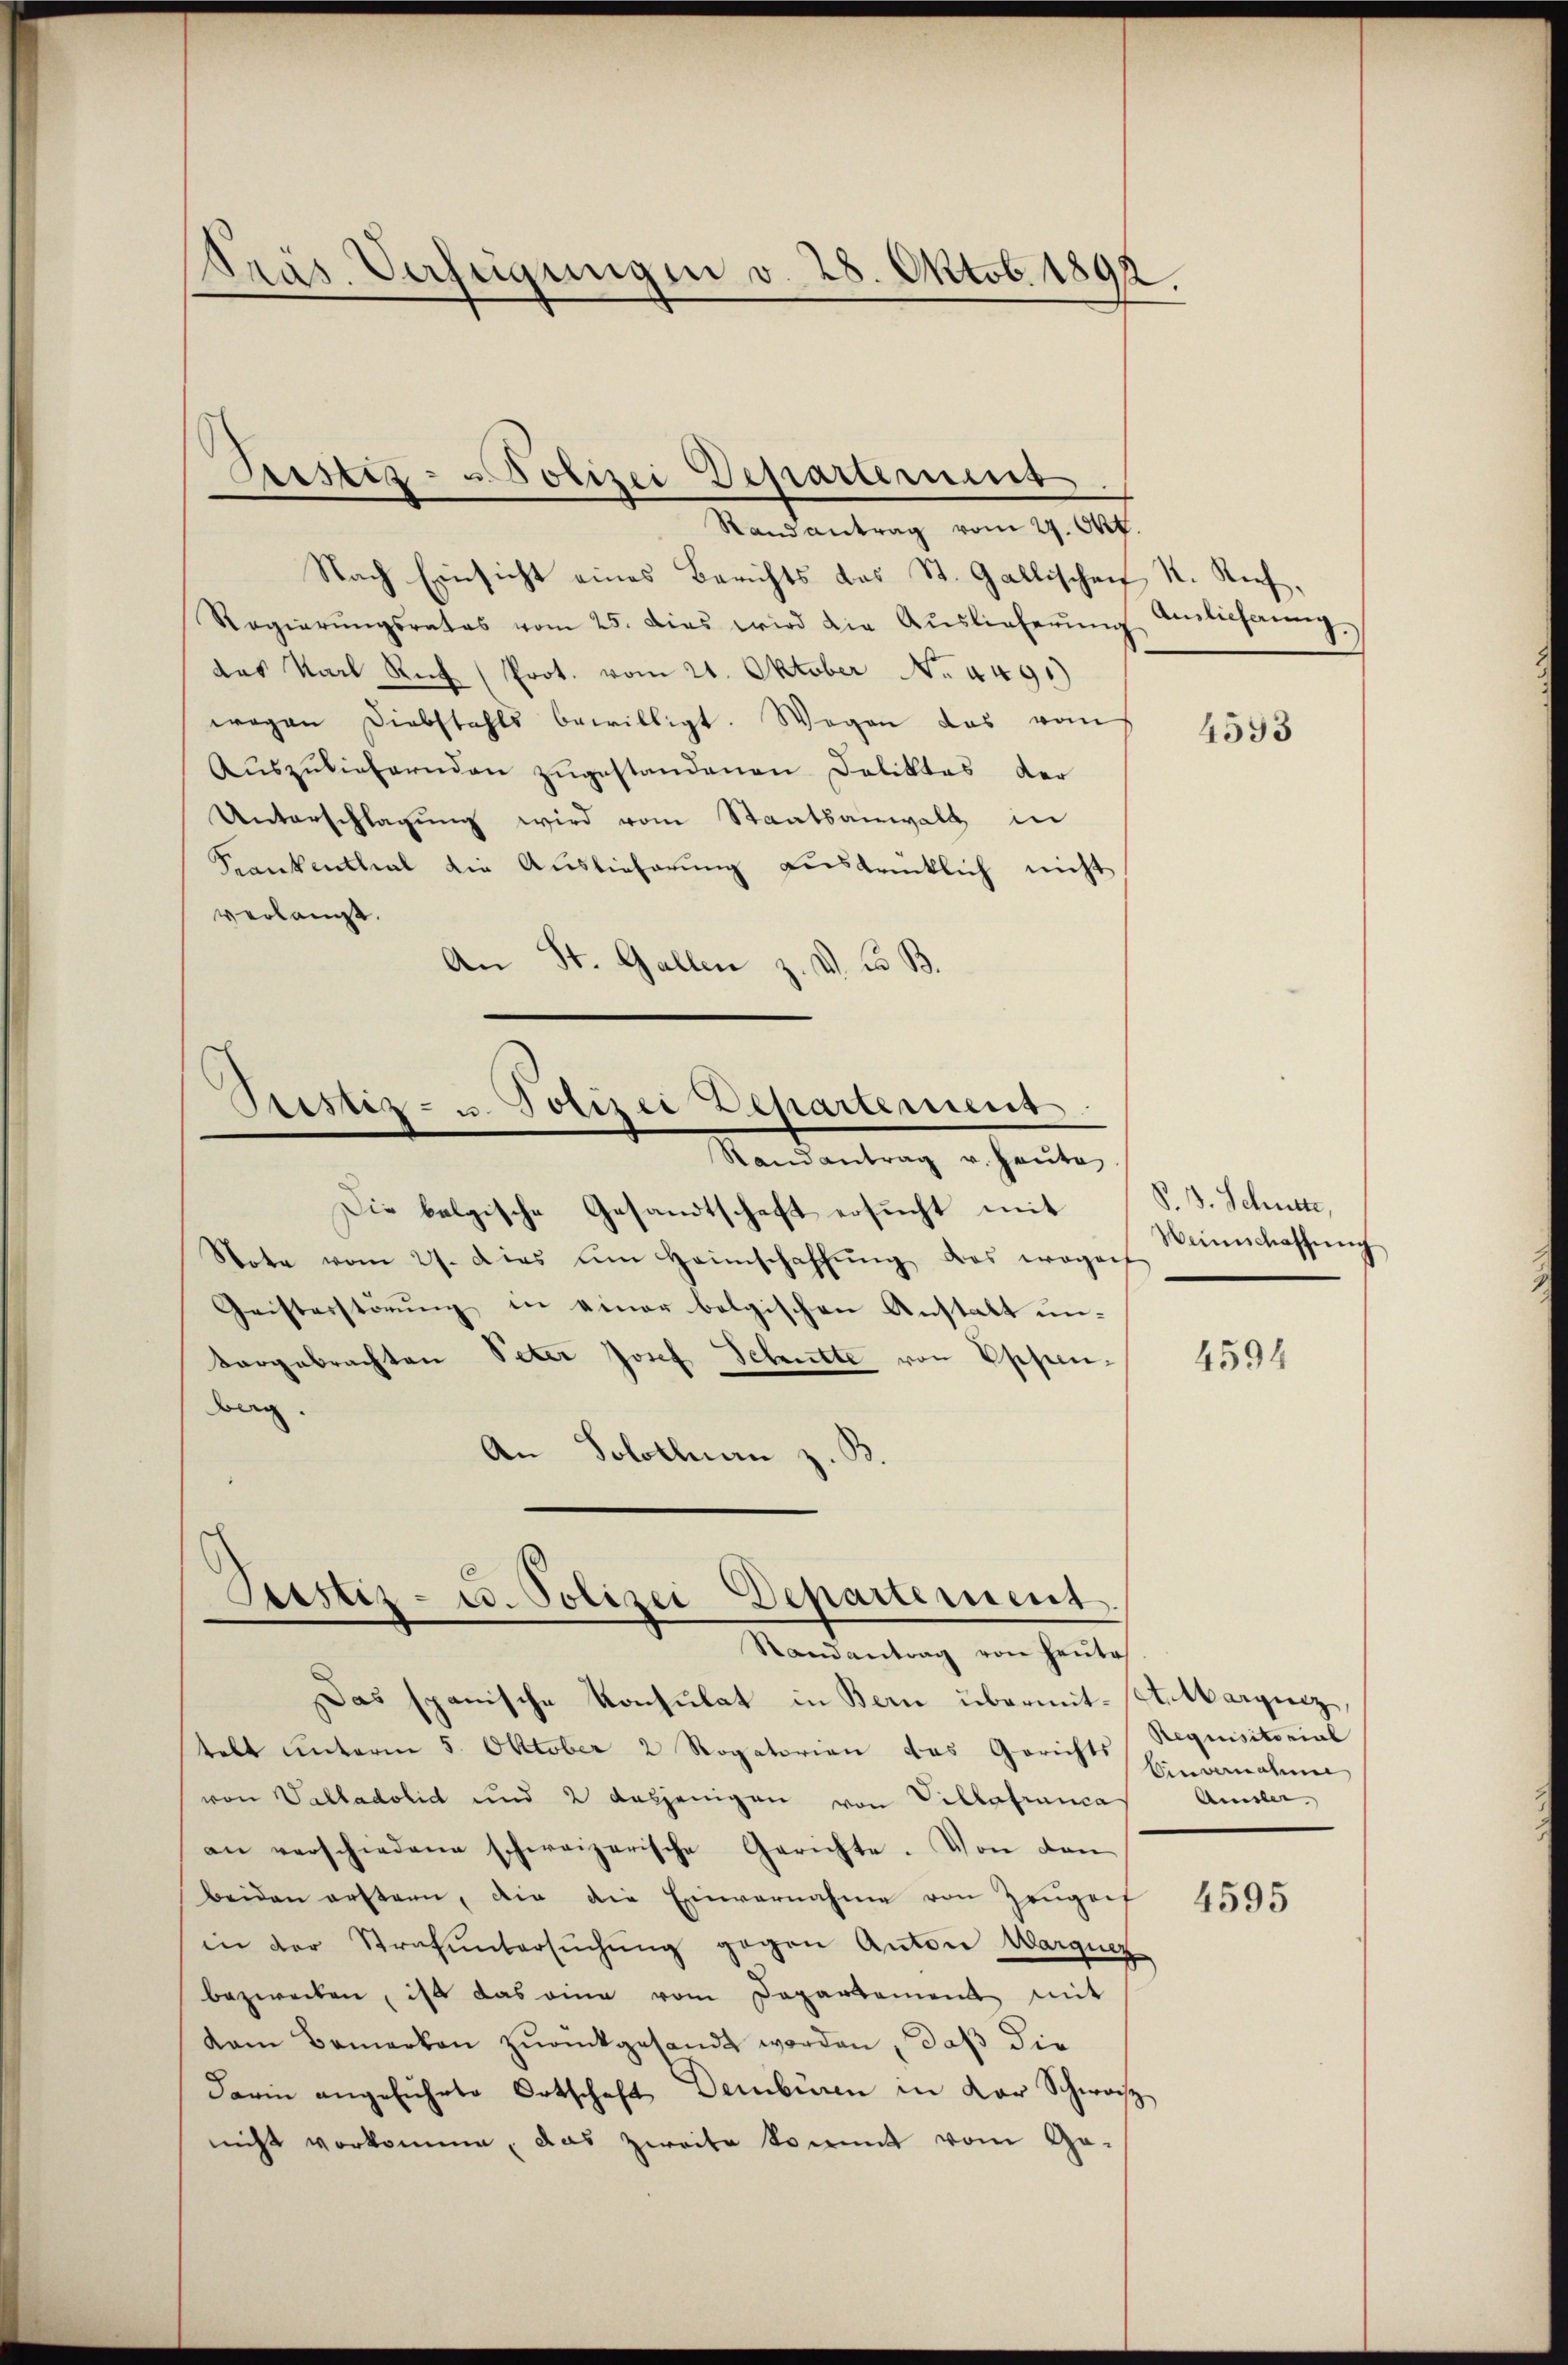
dräs. Verfügungen v. 28. Oktob. 1892.

Justiz- u Polizei Departement
Rand antrag vom 29. Okt.

Nach Einsicht eines Berichts das St. Gallischen K. Stief,
Regierŭngsrates vom 25. dies wird die Aŭslieferŭng Amlichung,
das Karl Ruf (Prot. vom 21. Oktober No. 449.)
wegen Diebstahls bewilligt. Wegen das vom
Aŭszŭliefernden zŭgestandenen Deliktes der
Unterschlagung wird vom Staatsanwalt in
Krankenthal die Auslieferung ausdrücklich nicht
verlangt.
An St. Gallen z. d. d. B.

Die belgische Gesandtschaft ersucht mit S. S. Schütte,
Note vom 27. dies im Heimschaffŭng das wogenf
Geisterstörung in einer belgischen Anstalt unkargebrachten Peter Josef Schritte von Eppen-
berg.
An Solothurn z.

Justiz- u. Polizei Departement.
Randantrag v. Heute

Sistiz- u. Polizei Departement
Randantrag von heŭte

Das spanische Konsulat in Bern übermit-Antbargenz,
tebt unterm 5. Oktober 2 Rogatorien das Gerichts Nequisitorial
von Valladolid und 2 desjenigen von Villafranca
an verschiedene schweizerische Gerichte. Von den
beiden erstern, die die Einvernahme von Zeugenf
in der Strafuntersŭchŭng gegen Anton Warquez
bezwecken, ist das eine vom Departement mit
dam Bemerken zŭrückgesandt worden, daß die
darin angeführte Ortschaft Dembüren in der Schwach
nicht vorkomme, das zweite kommt vom Ge¬

4593

Weinschaffung

4594

Einvernahme
Amsler.

4595